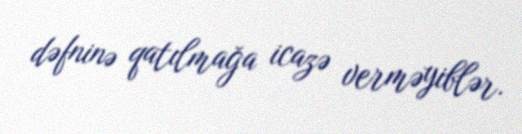
dəfninə qatılmağa icazə verməyiblər.